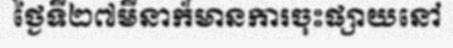
ថ្ងៃទី២៧មីនាក៏មានការចុះផ្សាយនៅ